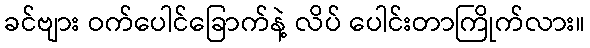
ခင်ဗျား ဝက်ပေါင်ခြောက်နဲ့ လိပ် ပေါင်းတာကြိုက်လား။